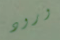
ورود